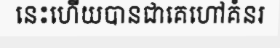
នេះហើយបានជាគេហៅគំនរ